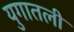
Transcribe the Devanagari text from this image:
युगातली